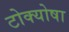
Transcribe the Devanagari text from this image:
टोक्योषा